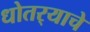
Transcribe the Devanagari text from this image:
धोतर्‍याचे